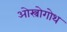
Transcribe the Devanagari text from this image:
ओस्त्रोगोथ